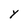
Character: Y